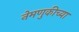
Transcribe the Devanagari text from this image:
नेमणुकीच्या